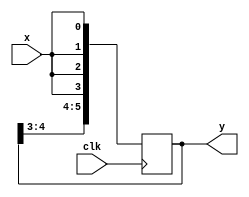
module blocking_nonblocking(y,x,clk);

input x,clk;
output reg [5:0] y;

initial y = 6'b000000;

always @ (posedge clk)
begin
y[0] = x;
y[1] = y[0];
y[2] = y[1];

y[3] <= x;
y[4] <= y[3];
y[5] <= y[4];
end
endmodule

`timescale 1ns/1ps
module blocking_nonblocking_tb;
reg in1t,clkt;
wire [5:0] yt;
blocking_nonblocking UUT(.y(yt), .x(in1t), .clk(clkt));
initial 
begin
in1t = 1;
clkt = 0;
#10;
clkt = 1;
end
endmodule